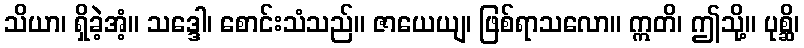
သိယာ၊ ရှိခဲ့အံ့။ သဒ္ဒေါ၊ စောင်းသံသည်။ ဇာယေယျ၊ ဖြစ်ရာသလော။ ဣတိ၊ ဤသို့။ ပုစ္ဆိ၊